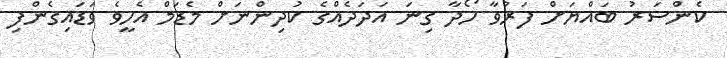
ކެންސަރު ބައްޔަށް ފަރުވާ ހޯދާ ގިނަ އަދަދެއްގެ ކުދިންނަށް މެޑަމް އެހީވެ ވަޑައިގެންފި